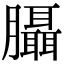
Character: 𦣀